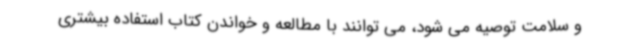
و سلامت توصیه می شود، می توانند با مطالعه و خواندن کتاب استفاده بیشتری